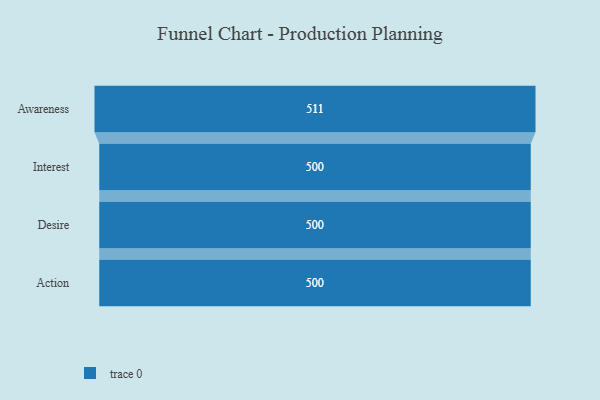
{"axis": {"x": "Stage", "y": "Value"}, "legend": [""], "data": [{"x": "Awareness", "y": 511.0, "type": ""}, {"x": "Interest", "y": 500, "type": ""}, {"x": "Desire", "y": 500, "type": ""}, {"x": "Action", "y": 500, "type": ""}]}